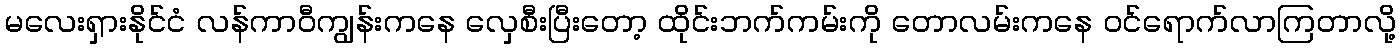
မလေးရှားနိုင်ငံ လန်ကာဝီကျွန်းကနေ လှေစီးပြီးတော့ ထိုင်းဘက်ကမ်းကို တောလမ်းကနေ ဝင်ရောက်လာကြတာလို့